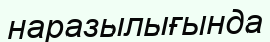
наразылығында